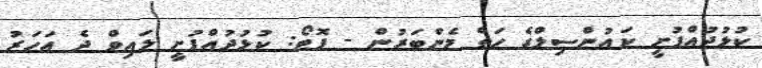
ކުޅުދުއްފުށީ ކައުންސިލްގެ ހަތް މެންބަރުން - ފޮޓޯ: ކުޅުދުއްފުށީ ލައިވް ދެ އަހަރު